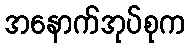
အနောက်အုပ်စုက